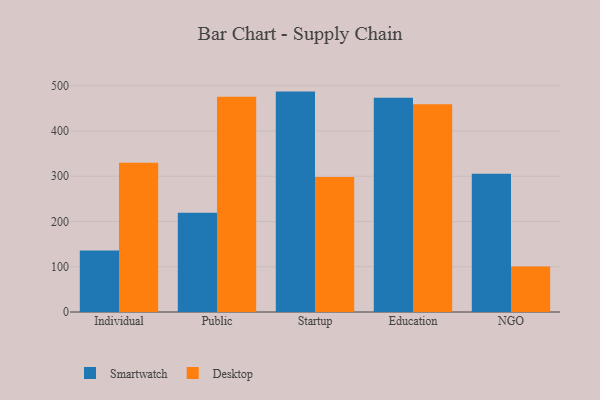
{"axis": {"x": "Segment", "y": "Energy Usage (MWh)"}, "legend": ["Desktop", "Smartwatch"], "data": [{"x": "Individual", "y": 136.1, "type": "Smartwatch"}, {"x": "Individual", "y": 329.9, "type": "Desktop"}, {"x": "Public", "y": 219.3, "type": "Smartwatch"}, {"x": "Public", "y": 475.7, "type": "Desktop"}, {"x": "Startup", "y": 487.1, "type": "Smartwatch"}, {"x": "Startup", "y": 298.2, "type": "Desktop"}, {"x": "Education", "y": 473.6, "type": "Smartwatch"}, {"x": "Education", "y": 459.2, "type": "Desktop"}, {"x": "NGO", "y": 305.4, "type": "Smartwatch"}, {"x": "NGO", "y": 100.3, "type": "Desktop"}]}